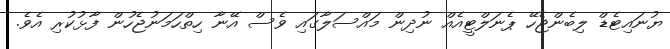
ޔުނައިޓެޑް ލިބެންޖެހޭ ޕެނަލްޓީއެއް ނުދިން މައްސަލާގައި ވެސް އޭނާ ހިތްހަމަނުޖެހުން ފާޅުކުރި އެވެ.